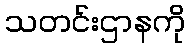
သတင်းဌာနကို